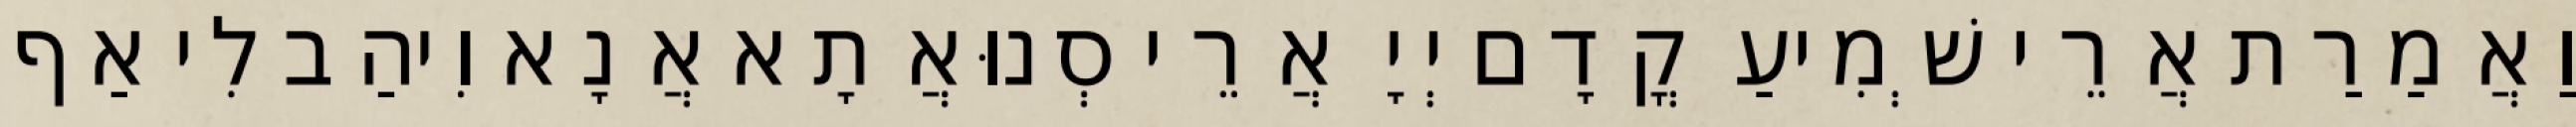
וַאֲמַרַת אֲרֵי שְׁמִיעַ קֳדָם יְיָ אֲרֵי סְנוּאֲתָא אֲנָא וִיהַב לִי אַף